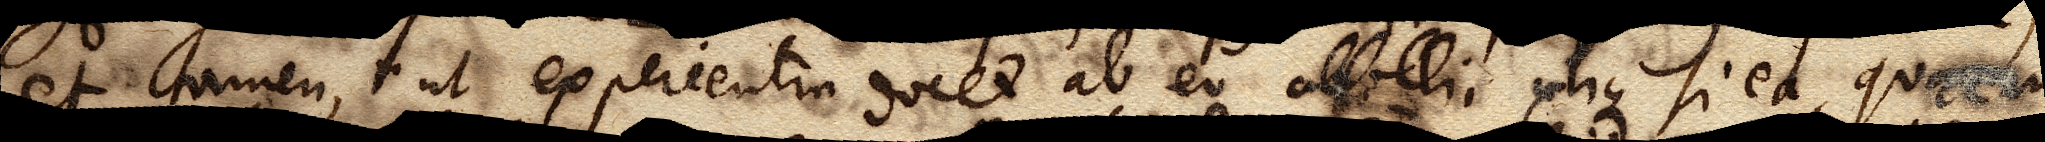
et tamen, ut experientia docet ab eo attolli, utique si ea, quam